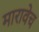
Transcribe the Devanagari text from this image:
मारावेच